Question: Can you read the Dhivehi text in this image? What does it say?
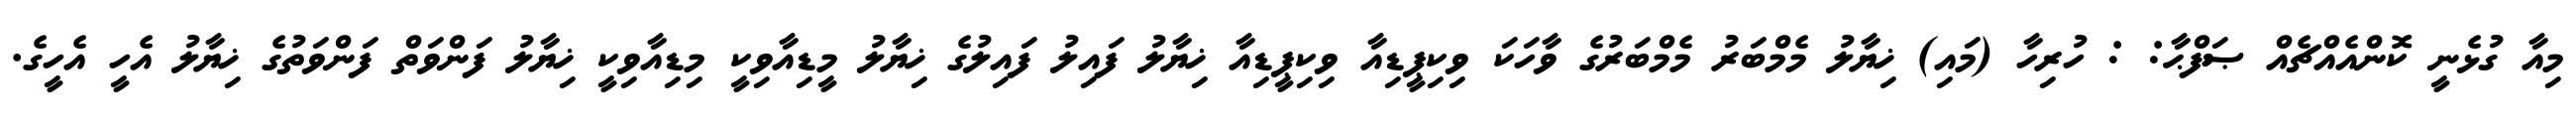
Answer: މިއާ ގުޅެނީ ކޮންއެއްޗެއް ޞަފްޙާ: : ހުރިހާ (މައި) ޚިޔާލު މެމްބަރު މެމްބަރުގެ ވާހަކަ ވިކިޕީޑިއާ ވިކިޕީޑިއާ ޚިޔާލު ފައިލު ފައިލުގެ ޚިޔާލު މީޑިއާވިކީ މިޑިއާވިކީ ޚިޔާލު ފަންވަތް ފަންވަތުގެ ޚިޔާލު އެހީ އެހީގެ.